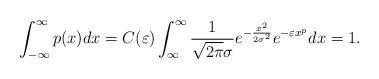
LaTeX: \begin{align*}\int_{-\infty}^{\infty} p(x)dx=C(\varepsilon) \int_{\infty}^{\infty} \frac{1}{\sqrt{2\pi} \sigma} e^{-\frac{x^{2}}{2 \sigma^{2}}} e^{-\varepsilon x^{p}} dx=1.\end{align*}